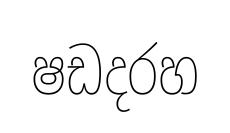
ෂඩදරහ